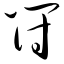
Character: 符